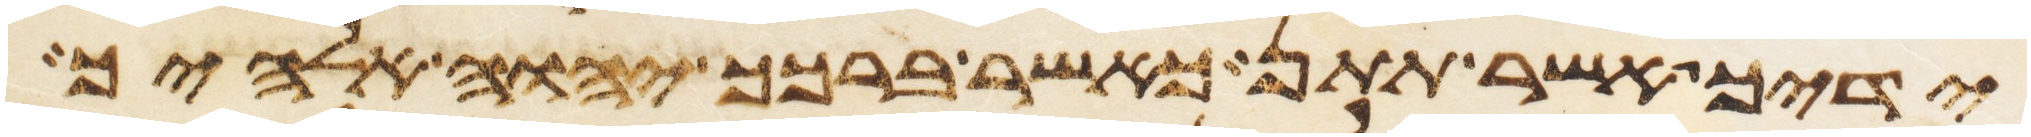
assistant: ידיך אשר תתן כאשר ברכך יהוה אלהיך